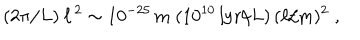
LaTeX: ( 2 \pi / L ) \: \ell ^ { \, 2 } \sim 1 0 ^ { - 2 5 } \, \mathrm { m } \; ( 1 0 ^ { 1 0 } \, \mathrm { l y r } / L ) \, ( \ell / \mathrm { m } ) ^ { 2 } \; ,